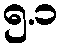
၅.၁